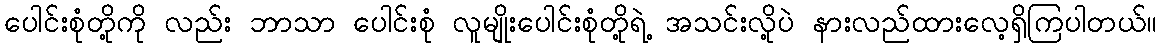
ပေါင်းစုံတို့ကို လည်း ဘာသာ ပေါင်းစုံ လူမျိုးပေါင်းစုံတို့ရဲ့ အသင်းလို့ပဲ နားလည်ထားလေ့ရှိကြပါတယ်။